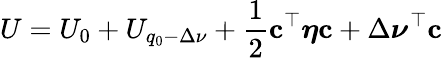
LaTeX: U=U_{0}+U_{q_{0}-\Delta\nu}+\frac{1}{2}\mathbf{c}^{\top}\boldsymbol{\eta}\mathbf{c}+\Delta\boldsymbol\nu^{\top}\mathbf{c}